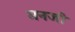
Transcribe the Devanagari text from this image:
मनजी